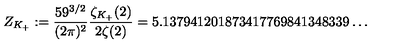
Z _ { K _ { + } } : = \frac { 5 9 ^ { 3 / 2 } } { ( 2 \pi ) ^ { 2 } } \frac { \zeta _ { K _ { + } } ( 2 ) } { 2 \zeta ( 2 ) } = 5 . 1 3 7 9 4 1 2 0 1 8 7 3 4 1 7 7 6 9 8 4 1 3 4 8 3 3 9 \ldots